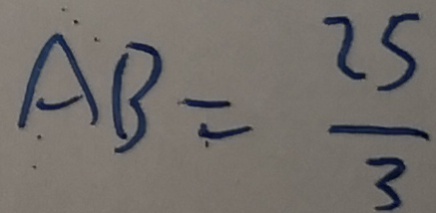
A B = \frac { 2 5 } { 3 }